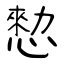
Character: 愸